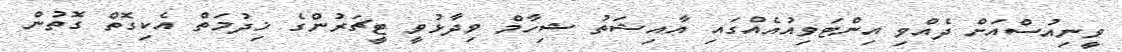
ވީނިއުސްއަށް ދެއްވި އިންޓަވިއުއެއްގައި އާއިޝަތު ޝިހާމް ވިދާޅުވީ ޓީޗަރުންގެ ޚިދުމަތް އެކިގޮތް ގޮތުން